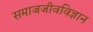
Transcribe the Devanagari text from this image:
समाजजीवविज्ञान